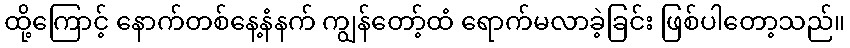
ထို့ကြောင့် နောက်တစ်နေ့နံနက် ကျွန်တော့်ထံ ရောက်မလာခဲ့ခြင်း ဖြစ်ပါတော့သည်။